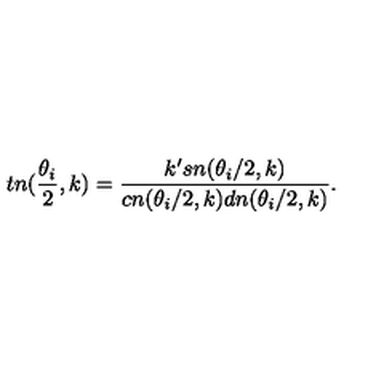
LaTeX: t n ( \frac { \theta _ { i } } { 2 } , k ) = \frac { k ^ { \prime } s n ( \theta _ { i } / 2 , k ) } { c n ( \theta _ { i } / 2 , k ) d n ( \theta _ { i } / 2 , k ) } .